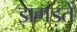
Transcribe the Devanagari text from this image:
झगड़तें